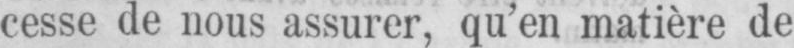
cesse de nous assurer, qu’en matière de